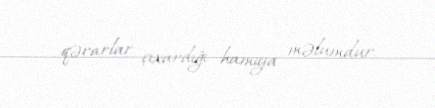
qərarlar çıxardığı hamıya məlumdur.